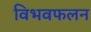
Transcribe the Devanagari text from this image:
विभवफलन